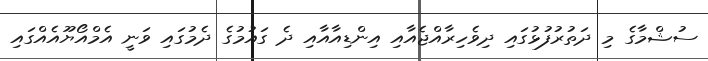
ސުޝްމާގެ މި ދަތުރުފުޅުގައި ދިވެހިރާއްޖެއާއި އިންޑިއާއާއި ދެ ގައުމުގެ ދެމުގައި ވަނީ އެމްއޯޔޫއެއްގައި